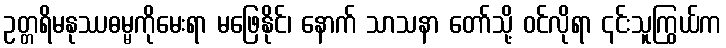
ဥတ္တရိမနုဿဓမ္မကိုမေးရာ မဖြေနိုင်၊ နောက် သာသနာ တော်သို့ ဝင်လိုရာ ၎င်းသူကြွယ်က